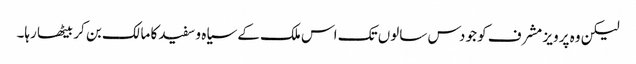
لیکن وہ پرویز مشرف کو جو دس سالوں تک اس ملک کے سیاہ و سفید کا مالک بن کر بیٹھا رہا۔